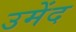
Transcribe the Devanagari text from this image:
उमेंद